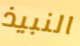
النبيذ